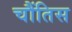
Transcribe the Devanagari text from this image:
चौंतिस